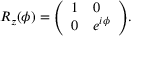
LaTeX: R _ { z } ( \phi ) = { \left( \begin{array} { l l } { 1 } & { 0 } \\ { 0 } & { e ^ { i \phi } } \end{array} \right) } .